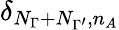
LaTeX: \delta_{N_{\Gamma}+N_{\Gamma^{\prime}},n_{A}}